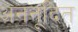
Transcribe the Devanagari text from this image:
अननूदित